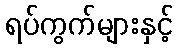
ရပ်ကွက်များနှင့်